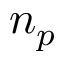
n _ { p }